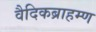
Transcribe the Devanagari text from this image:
वैदिकब्राहम्ण